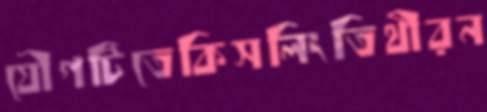
যৌগটিতেকিসলিংতিথীরন